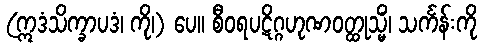
(ဣဒံသိက္ခာပဒံ၊ ကို၊) ပေ။ စီဝရပဋိဂ္ဂဟုဏဝတ္ထုသ္မိံ၊ သင်္ကန်းကို